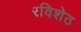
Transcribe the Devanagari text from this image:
रविशेठ